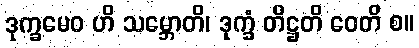
ဒုက္ခမေဝ ဟိ သမ္ဘောတိ၊ ဒုက္ခံ တိဋ္ဌတိ ဝေတိ စ။